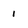
Character: 1